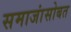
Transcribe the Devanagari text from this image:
समाजांसोबत